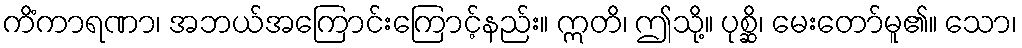
ကိံကာရဏာ၊ အဘယ်အကြောင်းကြောင့်နည်း။ ဣတိ၊ ဤသို့။ ပုစ္ဆိ၊ မေးတော်မူ၏။ သော၊